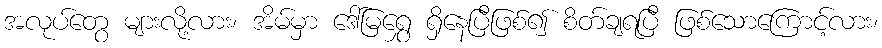
အလုပ်တွေ များလို့လား၊ အိမ်မှာ ဒေါ်မြရွှေ ရှိနေပြီဖြစ်၍ စိတ်ချရပြီ ဖြစ်သောကြောင့်လား၊